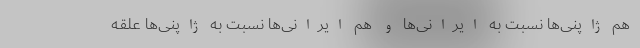
هم ژاپنی‌ها نسبت‌ به ایرانی‌ها و هم ایرانی‌ها نسبت به ژاپنی‌ها علقه